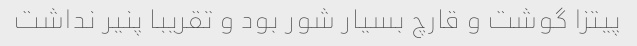
پیتزا گوشت و قارچ بسیار شور بود و تقریبا پنیر نداشت